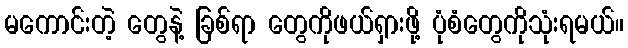
မကောင်းတဲ့ တွေနဲ့ ခြစ်ရာ တွေကိုဖယ်ရှားဖို့ ပုံစံတွေကိုသုံးရမယ်။